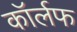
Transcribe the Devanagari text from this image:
कॉर्लफ